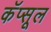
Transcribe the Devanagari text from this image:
कॅप्सूल